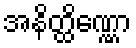
အနိတ္ထိဏ္ဏော